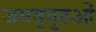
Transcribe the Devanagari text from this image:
जगद्गुरुओं